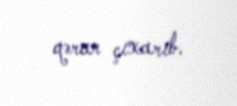
qərar çıxarıb.